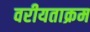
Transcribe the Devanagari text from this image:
वरीयताक्रम